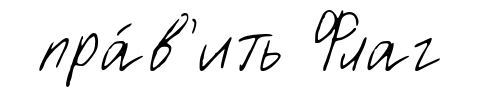
пра́в'ить Флаг